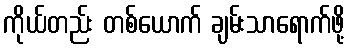
ကိုယ်တည်း တစ်ယောက် ချမ်းသာရောက်ဖို့